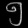
Digit: ၅